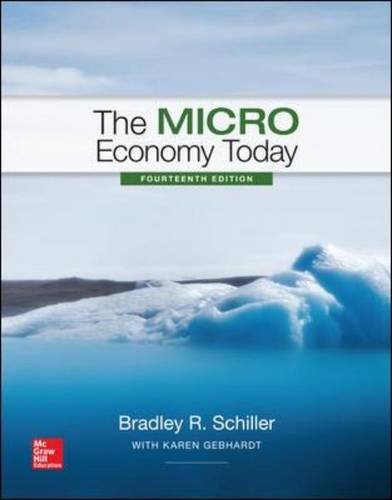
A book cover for The Micro Economy Today (The Mcgraw-Hill Series Economics); Bradley Schiller; Business & Money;